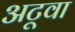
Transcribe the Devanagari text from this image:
अटूवा